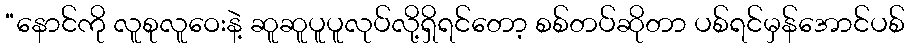
“နောင်ကို လူစုလူဝေးနဲ့ ဆူဆူပူပူလုပ်လို့ရှိရင်တော့ စစ်တပ်ဆိုတာ ပစ်ရင်မှန်အောင်ပစ်